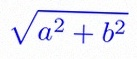
\sqrt{a^2+b^2}